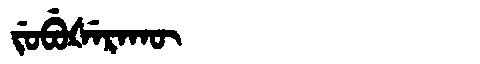
Manchu: ᠵᡠᠪᡠᡧᡝᡵᠠᡴᡡ
Romanization: JUBUŠERAKŪ